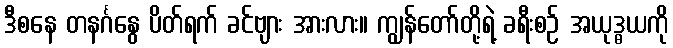
ဒီစနေ တနင်္ဂနွေ ပိတ်ရက် ခင်ဗျား အားလား။ ကျွန်တော်တို့ရဲ့ ခရီးစဉ် အယုဒ္ဓယကို